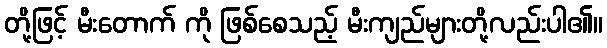
တို့ဖြင့် မီးတောက် ကို ဖြစ်စေသည့် မီးကျည်များတို့လည်းပါ၏။